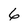
Character: 6